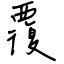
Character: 覆